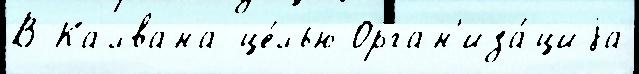
В Калвана це́лью Орган'иза́циjа